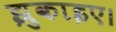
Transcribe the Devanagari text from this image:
झुकाइए।